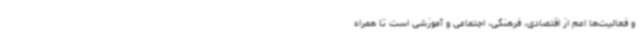
و فعالیت‌ها اعم از اقتصادی، فرهنگی، اجتماعی و آموزشی است تا همراه